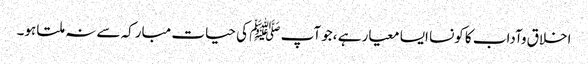
اخلاق وآداب کا کونسا ایسا معیار ہے ،جو آپ ﷺ کی حیات مبارکہ سے نہ ملتا ہو۔